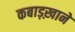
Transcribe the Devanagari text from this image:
कबाड़ख़ाने